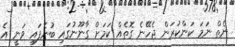
ނެތް ނަމަ ކަންކުރަން ޖެހޭނެ ގޮތެއް ކަމަށް ގާނޫނުގައި ބުނެފައި ވަނީ އެ